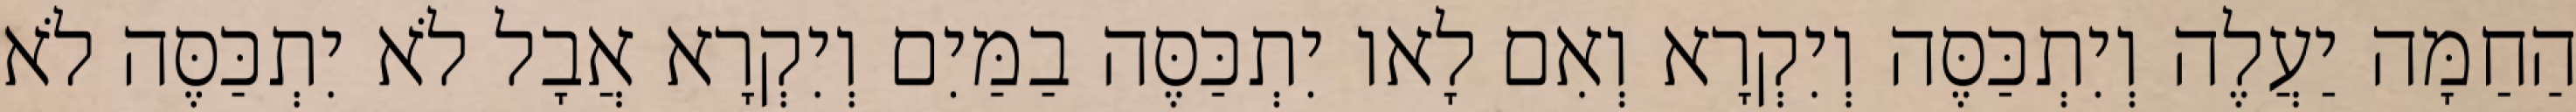
הַחַמָּה יַעֲלֶה וְיִתְכַּסֶּה וְיִקְרָא וְאִם לָאו יִתְכַּסֶּה בַמַּיִם וְיִקְרָא אֲבָל לֹא יִתְכַּסֶּה לֹא